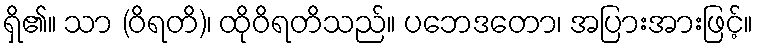
ရှိ၏။ သာ (ဝိရတိ)၊ ထိုဝိရတိသည်။ ပဘေဒတော၊ အပြားအားဖြင့်။